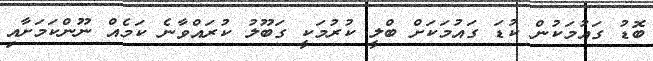
ބޮޑު ގައުމަކުން ކުޑަ ގައުމަކަށް ބްލީ ކުރުމަކީ ގަބޫލު ކުރައްވާނެ ކަމެއް ނޫންކަމަށާއި